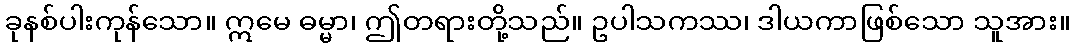
ခုနစ်ပါးကုန်သော။ ဣမေ ဓမ္မာ၊ ဤတရားတို့သည်။ ဥပါသကဿ၊ ဒါယကာဖြစ်သော သူအား။